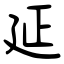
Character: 延